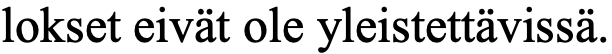
lokset eivät ole yleistettävissä.